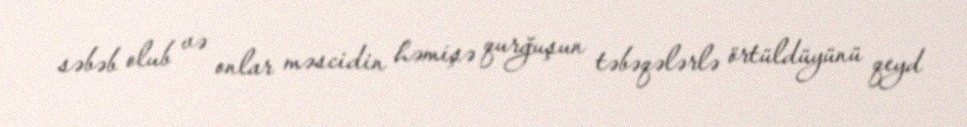
səbəb olub və onlar məscidin həmişə qurğuşun təbəqələrlə örtüldüyünü qeyd